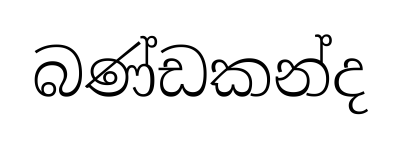
බණ්ඩකන්ද